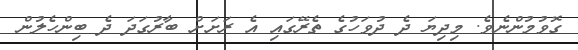
ގޮވުމުންނެވެ. މިދިޔަ ދެ ދުވަހުގެ ތެރޭގައި އެ ރަށަށް ބާރުގަދަ ދެ ބިންހެލުން